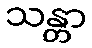
သန္တာ